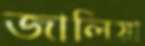
জালিয়া